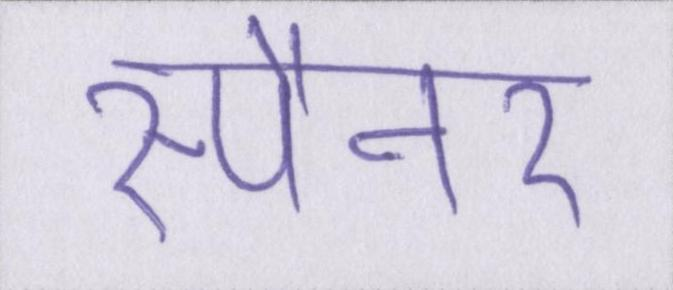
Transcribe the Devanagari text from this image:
स्पैनर